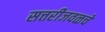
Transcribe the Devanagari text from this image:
सत्तरीजवळचे